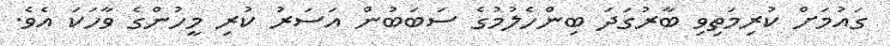
ގައުމަށް ކުރިމަތިވި ބާރުގަދަ ބިންހެލުމުގެ ސަބަބުން އަސަރު ކުރި މީހުންގެ ވާހަކަ އެވެ.